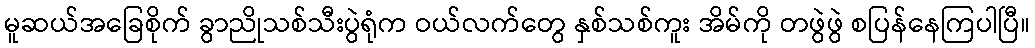
မူဆယ်အခြေစိုက် ခွာညိုသစ်သီးပွဲရုံက ဝယ်လက်တွေ နှစ်သစ်ကူး အိမ်ကို တဖွဲဖွဲ စပြန်နေကြပါပြီ။